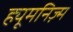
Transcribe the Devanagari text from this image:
ह्यूमनिज़्म